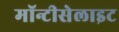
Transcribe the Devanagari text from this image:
मॉन्टीसेलाइट